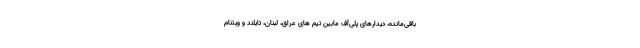
باقی‌مانده، دیدارهای پلی‌آف مابین تیم های عراق، لبنان، تایلند و ویتنام